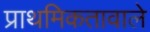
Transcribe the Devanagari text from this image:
प्राथमिकतावाले